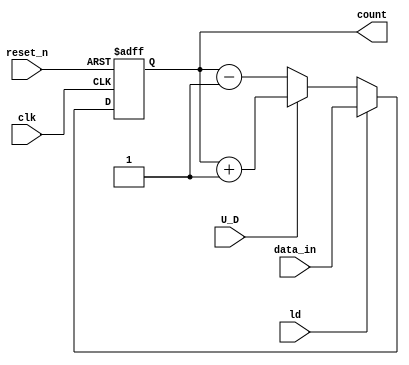
`timescale 1ns / 1ps

module updown_counter(data_in,reset_n,ld,U_D,clk,count);
input reset_n,ld,U_D,clk;
input [2:0] data_in;
output reg [2:0] count;

always@(posedge clk or posedge reset_n)
begin
if(reset_n)
count<=3'b000;
else if(ld)
count<=data_in;
else 
 begin
        if(U_D)
        count<=count+1'b1;
        else 
        count<=count-1'b1; 
    end
end
endmodule